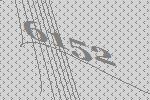
6152